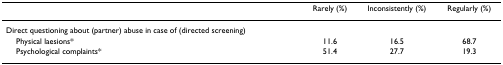
<table><thead><tr><td></td><td><b>Rarely (%)</b></td><td><b>Inconsistently (%)</b></td><td><b>Regularly (%)</b></td></tr></thead><tbody><tr><td>Direct questioning about (partner) abuse in case of (directed screening)</td><td></td><td></td><td></td></tr><tr><td> Physical laesions*</td><td>11.6</td><td>16.5</td><td>68.7</td></tr><tr><td> Psychological complaints*</td><td>51.4</td><td>27.7</td><td>19.3</td></tr></tbody></table>